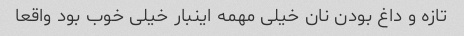
تازه و داغ بودن نان خیلی مهمه اینبار خیلی خوب بود واقعا